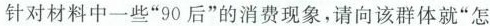
针对材料中一些”90后”的消费现象，请向该群体就”怎